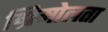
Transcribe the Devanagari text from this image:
ग्रिमोलता